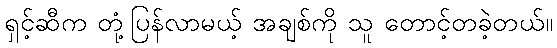
ရှင့်ဆီက တုံ့ပြန်လာမယ့် အချစ်ကို သူ တောင့်တခဲ့တယ်။